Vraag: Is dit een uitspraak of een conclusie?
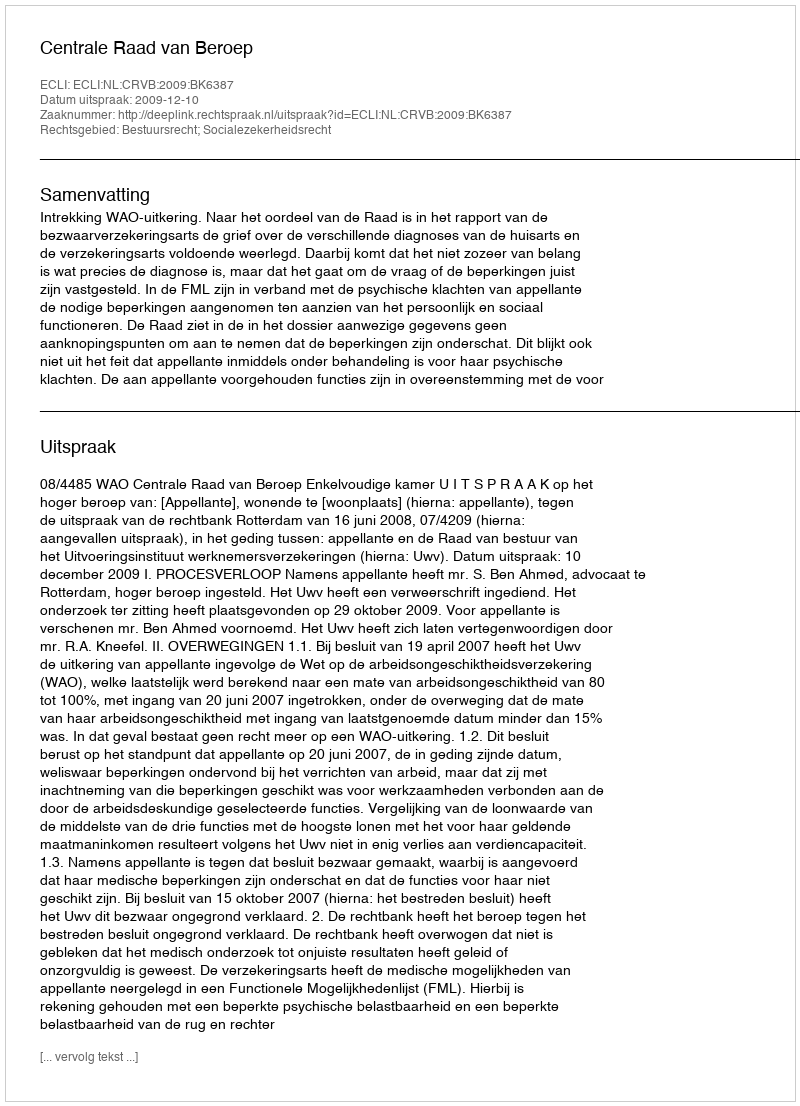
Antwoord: Uitspraak